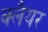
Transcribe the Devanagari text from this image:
क्लैयर